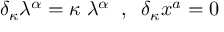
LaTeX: \delta _ { \kappa } \lambda ^ { \alpha } = \kappa \; \lambda ^ { \alpha } \; \; , \; \; \delta _ { \kappa } x ^ { a } = 0